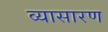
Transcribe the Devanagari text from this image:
व्यासारण